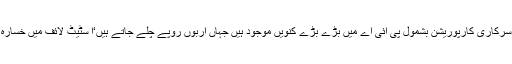
عمران خان نے کہا کہ کم وبیش ہر سرکاری کارپوریشن بشمول پی آئی اے میں بڑے بڑے کنویں موجود ہیں جہاں اربوں روپے چلے جاتے ہیں‘ا سٹیٹ لائف میں خسارہ 50 ارب روپے کے لگ بھگ ہے۔